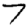
Digit: 7